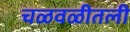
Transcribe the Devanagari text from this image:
चळवळीतली